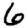
Digit: 6